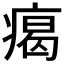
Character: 𤸎